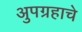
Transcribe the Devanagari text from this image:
अुपग्रहाचे